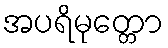
အပရိမုတ္တော